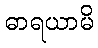
ဓာရယာမိ